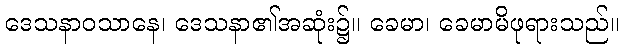
ဒေသနာဝသာနေ၊ ဒေသနာ၏အဆုံး၌။ ခေမာ၊ ခေမာမိဖုရားသည်။